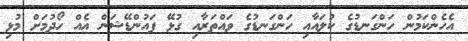
އެހެންކަމުން ހަންގަނޑުގެ ކުލައާއި ހަންގަނޑުގެ ވައްތަރާއި ގުޅޭ ފައުންޑޭޝަން އެއް ހޯދުމަށް މުޅި